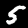
Label: 5